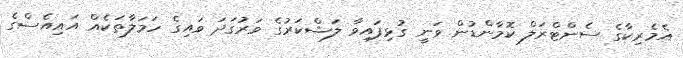
އެމެރިކާގެ ސެންޓްރަލް ކޮމާންޑުން ވަނީ ގުޅިފައިވާ ލަޝްކަރުގެ ވަރުގަދަ ވައިގެ ހަމަލާތަކެއް އައިއެސްގެ